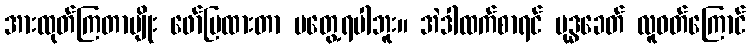
အားထုတ်ကြတာမျိုး ဖော်ပြထားတာ မတွေ့ရပါဘူး။ အဲဒါထက်စာရင် ဗုဒ္ဓခေတ် လူဝတ်ကြောင်